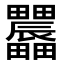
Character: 𤴌